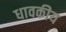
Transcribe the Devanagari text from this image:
धावकीय